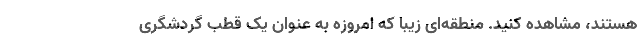
هستند، مشاهده کنید. منطقه‌ای زیبا که امروزه به عنوان یک قطب گردشگری